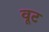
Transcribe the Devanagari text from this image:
वूट